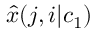
{ \widehat x } ( j , i | c _ { 1 } )